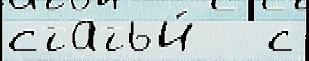
статьи́   с